Civil Veterinary Department ledger series I-VI
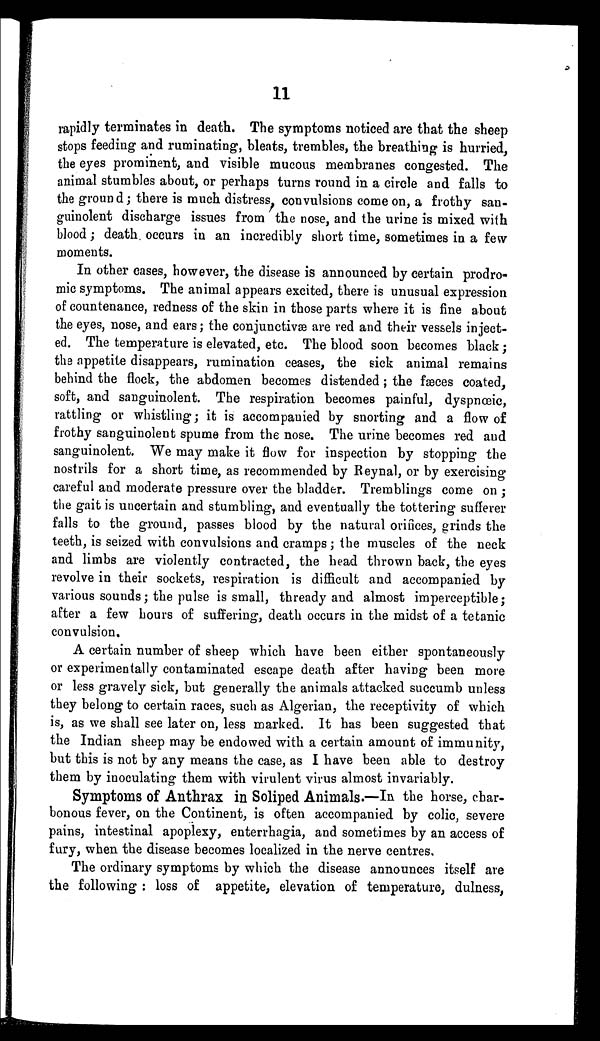
11
rapidly terminates in death. The symptoms noticed are that the sheep
stops feeding and ruminating, bleats, trembles, the breathing is hurried,
the eyes prominent, and visible mucous membranes congested. The
animal stumbles about, or perhaps turns round in a circle and falls to
the ground; there is much distress, convulsions come on, a frothy san-
guinolent discharge issues from the nose, and the urine is mixed with
blood; death occurs in an incredibly short time, sometimes in a few
moments.
In other cases, however, the disease is announced by certain prodro-
mic symptoms. The animal appears excited, there is unusual expression
of countenance, redness of the skin in those parts where it is fine about
the eyes, nose, and ears; the conjunctivæ are red and their vessels inject-
ed. The temperature is elevated, etc. The blood soon becomes black;
the appetite disappears, rumination ceases, the sick animal remains
behind the flock, the abdomen becomes distended; the fæces coated,
soft, and sanguinolent. The respiration becomes painful, dyspnœic,
rattling or whistling; it is accompanied by snorting and a flow of
frothy sanguinolent spume from the nose. The urine becomes red and
sanguinolent. We may make it flow for inspection by stopping the
nostrils for a short time, as recommended by Reynal, or by exercising
careful and moderate pressure over the bladder. Tremblings come on;
the gait is uncertain and stumbling, and eventually the tottering sufferer
falls to the ground, passes blood by the natural orifices, grinds the
teeth, is seized with convulsions and cramps; the muscles of the neck
and limbs are violently contracted, the head thrown back, the eyes
revolve in their sockets, respiration is difficult and accompanied by
various sounds; the pulse is small, thready and almost imperceptible;
after a few hours of suffering, death occurs in the midst of a tetanic
convulsion.
A certain number of sheep which have been either spontaneously
or experimentally contaminated escape death after having been more
or less gravely sick, but generally the animals attacked succumb unless
they belong to certain races, such as Algerian, the receptivity of which
is, as we shall see later on, less marked. It has been suggested that
the Indian sheep may be endowed with a certain amount of immunity,
but this is not by any means the case, as I have been able to destroy
them by inoculating them with virulent virus almost invariably.
Symptoms of Anthrax in Soliped Animals.—In the horse, char-
bonous fever, on the Continent, is often accompanied by colic, severe
pains, intestinal apoplexy, enterrhagia, and sometimes by an access of
fury, when the disease becomes localized in the nerve centres.
The ordinary symptoms by which the disease announces itself are
the following: loss of appetite, elevation of temperature, dulness,